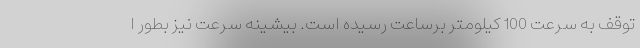
توقف به سرعت 100 کیلومتر برساعت رسیده است. بیشینه سرعت نیز بطور ا